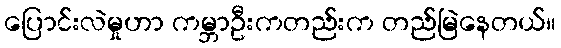
ပြောင်းလဲမှုဟာ ကမ္ဘာဦးကတည်းက တည်မြဲနေတယ်။